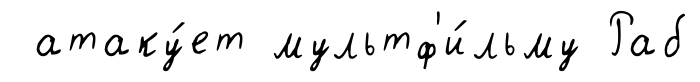
атаку́ет мультф'и́льму Раб